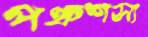
পঞ্চশস্য